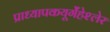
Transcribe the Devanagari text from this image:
प्राध्यापकयूर्गेंहेश्लेर